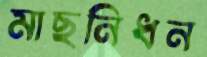
মাছনিধন